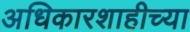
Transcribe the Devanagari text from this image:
अधिकारशाहीच्या